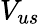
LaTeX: V_{us}